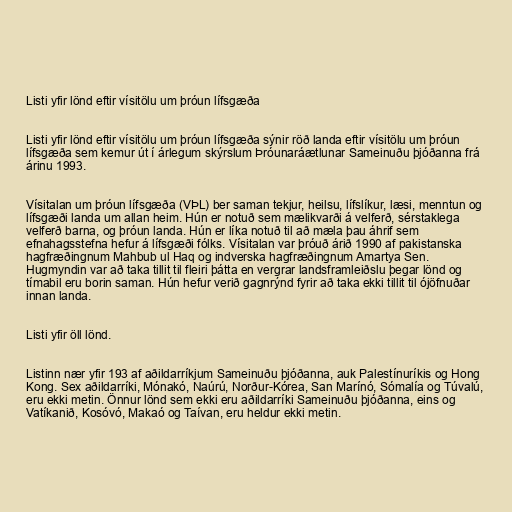
Listi yfir lönd eftir vísitölu um þróun lífsgæða

Listi yfir lönd eftir vísitölu um þróun lífsgæða sýnir röð landa eftir vísitölu um þróun
lífsgæða sem kemur út í árlegum skýrslum Þróunaráætlunar Sameinuðu þjóðanna frá
árinu 1993.

Vísitalan um þróun lífsgæða (VÞL) ber saman tekjur, heilsu, lífslíkur, læsi, menntun og
lífsgæði landa um allan heim. Hún er notuð sem mælikvarði á velferð, sérstaklega
velferð barna, og þróun landa. Hún er líka notuð til að mæla þau áhrif sem
efnahagsstefna hefur á lífsgæði fólks. Vísitalan var þróuð árið 1990 af pakistanska
hagfræðingnum Mahbub ul Haq og indverska hagfræðingnum Amartya Sen.
Hugmyndin var að taka tillit til fleiri þátta en vergrar landsframleiðslu þegar lönd og
tímabil eru borin saman. Hún hefur verið gagnrýnd fyrir að taka ekki tillit til ójöfnuðar
innan landa.

Listi yfir öll lönd.

Listinn nær yfir 193 af aðildarríkjum Sameinuðu þjóðanna, auk Palestínuríkis og Hong
Kong. Sex aðildarríki, Mónakó, Naúrú, Norður-Kórea, San Marínó, Sómalía og Túvalú,
eru ekki metin. Önnur lönd sem ekki eru aðildarríki Sameinuðu þjóðanna, eins og
Vatíkanið, Kosóvó, Makaó og Taívan, eru heldur ekki metin.